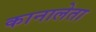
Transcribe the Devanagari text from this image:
कानालेता